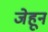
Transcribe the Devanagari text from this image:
जेहून